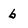
Character: b